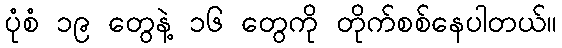
ပုံစံ ၁၉ တွေနဲ့ ၁၆ တွေကို တိုက်စစ်နေပါတယ်။